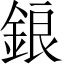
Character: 鋃